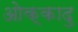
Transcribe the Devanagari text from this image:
ओक्कादु